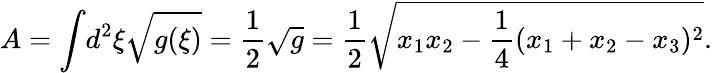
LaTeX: A=\int\! d^{2}\xi\sqrt{g(\xi)}=\frac{1}{2}\sqrt{g}=\frac{1}{2}\sqrt{x_{1}x_{2}-\frac{1}{4}(x_{1}+x_{2}-x_{3})^{2}}.